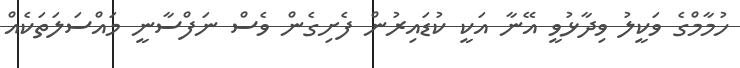
ހުމާމްގެ ވަކީލު ވިދާޅުވީ އޭނާ އަކީ ކުޑައިރުން ފެށިގެން ވެސް ނަފްސާނީ މައްސަލަތަކެއް